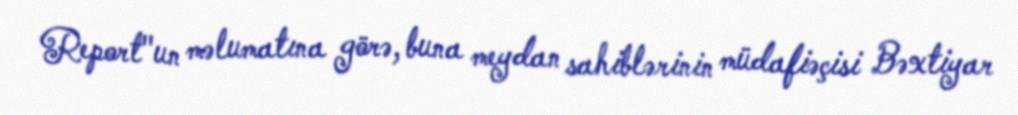
Report"un məlumatına görə, buna meydan sahiblərinin müdafiəçisi Bəxtiyar